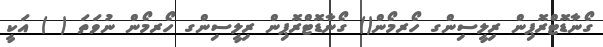
ގޯނާޑޮޓްރޮޕިން ރިލީސިންގ ހޯރމޯން() ގޯނާޑޮޓްރޮޕިން ރިލީސިންގ ހޯރމޯން ނުވަތަ ( ) އަކީ